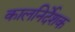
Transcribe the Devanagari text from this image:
कालनिर्देशक